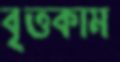
বৃত্তকাম